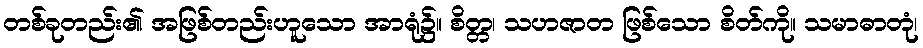
တစ်ခုတည်း၏ အဖြစ်တည်းဟူသော အာရုံ၌။ စိတ္တ၊ သဟဇာတ ဖြစ်သော စိတ်ကို။ သမာဓာတုံ၊